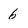
Character: 6